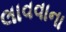
લાવવાના